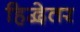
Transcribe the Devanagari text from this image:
हिद्वेतर